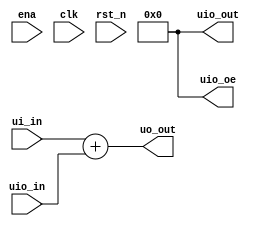
/*
 * ToDo: License here
 */

`default_nettype none

module tt_um_fjpolo_r2a03 (
    input  wire [7:0] ui_in,    // Dedicated inputs
    output wire [7:0] uo_out,   // Dedicated outputs
    input  wire [7:0] uio_in,   // IOs: Input path
    output wire [7:0] uio_out,  // IOs: Output path
    output wire [7:0] uio_oe,   // IOs: Enable path (active high: 0=input, 1=output)
    input  wire       ena,      // will go high when the design is enabled
    input  wire       clk,      // clock
    input  wire       rst_n     // reset_n - low to reset
);

  // All output pins must be assigned. If not used, assign to 0.
  assign uo_out  = ui_in + uio_in;  // Example: ou_out is the sum of ui_in and uio_in
  assign uio_out = 0;
  assign uio_oe  = 0;

//     // We have to multiplex the 16 bits of (A) address bus and 8 control signals into
//     // the 8 output pins that are available in TinyTapeout.
//     //
//     // 1) TinyTapeout clock has to be divided by 4 to get the Z80 clock and
//     // 2) Output pins see the following sequence:
//     //   1st cycle --- control signals {m1_n, mreq_n, iorq_n, rd_n, wr_n, rfsh_n, halt_n, busak_n}
//     //   2nd cycle --- {A0 - A7}
//     //   3rd cycle --- repeated control signals
//     //   4th cycle --- {A8 - A15}

//     reg [1:0] clk_counter;
//     always @(posedge clk)
//         clk_counter <= (rst_n) ? clk_counter + 1 : 0;
//     wire z80_clk = (rst_n) ? clk_counter[1:0] == 0: clk; // Z80 clock is pulsed once every 4 TinyTapeout clock cycles

//     wire  [7:0] ctrl_signals;
//     wire [15:0] addr_bus;
//     assign uo_out = (clk_counter[0] == 0) ? ctrl_signals :
//                     (clk_counter[1] == 0) ? addr_bus[7:0] :
//                                             addr_bus[15:8];
//     // always @(*) begin
//     //     case(clk_counter[1:0])
//     //         2'd0:  assign uo_out = ctrl_signals;
//     //         2'd1:  assign uo_out = addr_bus[7:0];
//     //         2'd2:  assign uo_out = ctrl_signals;
//     //         2'd3:  assign uo_out = addr_bus[15:8];
//     //     endcase
//     // end
    
//     wire wr = ~ctrl_signals[4];
//     assign uio_oe  = {8{wr}}; // (active high: 0=input, 1=output)

//     z80 z80 (
//         .clk     (z80_clk),
//         .cen     (ena),
//         .reset_n (rst_n),
//         .wait_n  (ui_in[0]),
//         .int_n   (ui_in[1]),
//         .nmi_n   (ui_in[2]),
//         .busrq_n (ui_in[3]),
//         .di      (uio_in),
//         .dout    (uio_out),
//         .A       (addr_bus),
//         .m1_n    (ctrl_signals[0]),
//         .mreq_n  (ctrl_signals[1]),
//         .iorq_n  (ctrl_signals[2]),
//         .rd_n    (ctrl_signals[3]),
//         .wr_n    (ctrl_signals[4]),
//         .rfsh_n  (ctrl_signals[5]),
//         .halt_n  (ctrl_signals[6]),
//         .busak_n (ctrl_signals[7])
//     );
// endmodule

// module z80 (
//     input  wire         clk,
//     input  wire         cen,
//     input  wire         reset_n,
//     input  wire         wait_n,
//     input  wire         int_n,
//     input  wire         nmi_n,
//     input  wire         busrq_n,

//     input  wire [7:0]   di,
//     output wire [7:0]   dout,

//     output wire [15:0]  A,
//     output wire         m1_n,
//     output wire         mreq_n,
//     output wire         iorq_n,
//     output wire         rd_n,
//     output wire         wr_n,
//     output wire         rfsh_n,
//     output wire         halt_n,
//     output wire         busak_n
// );

//     tv80s #(
//         .Mode(0),   // Z80 mode
//         .T2Write(1),// wr_n active in T2
//         .IOWait(1)  // std I/O cycle
//     ) tv80s (
//         .reset_n (reset_n),
//         .clk (clk),
//         .cen (cen),
//         .wait_n (wait_n),
//         .int_n (int_n),
//         .nmi_n (nmi_n),
//         .busrq_n (busrq_n),
//         .m1_n (m1_n),
//         .mreq_n (mreq_n),
//         .iorq_n (iorq_n),
//         .rd_n (rd_n),
//         .wr_n (wr_n),
//         .rfsh_n (rfsh_n),
//         .halt_n (halt_n),
//         .busak_n (busak_n),
//         .A (A),
//         .di (di),
//         .dout (dout)
//     );

endmodule